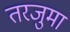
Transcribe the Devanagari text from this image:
तरजुमा